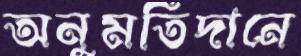
অনুমতিদানে